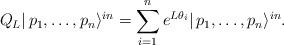
LaTeX: \begin{align*}Q_{L}|\,p_{1},\dots ,p_{n}\rangle ^{in}=\sum_{i=1}^{n}e^{L\theta_{i}}|\,p_{1},\dots ,p_{n}\rangle ^{in}. \end{align*}